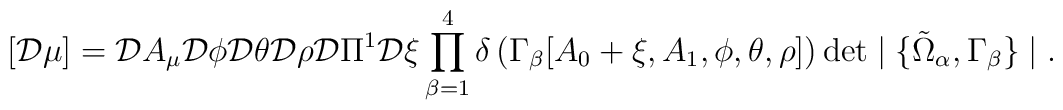
[{\cal D} \mu] = {\cal D} A_\mu         {\cal D} \phi		 {\cal D} \theta         {\cal D} \rho         {\cal D} \Pi^1		 {\cal D} \xi         \prod^4_{\beta = 1}    \delta\left(\Gamma_{\beta}[A_0 + \xi, A_1, \phi, \theta, \rho]\right)        \det \mid \{\tilde{\Omega}_{\alpha}, \Gamma_{\beta}\} \mid.